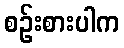
စဉ်းစားပါက